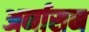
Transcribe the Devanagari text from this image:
अर्नासन